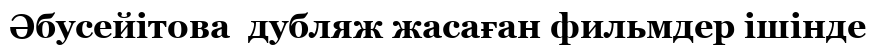
Әбусейітова  дубляж жасаған фильмдер ішінде